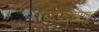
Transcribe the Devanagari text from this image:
शब्दपरमाणु